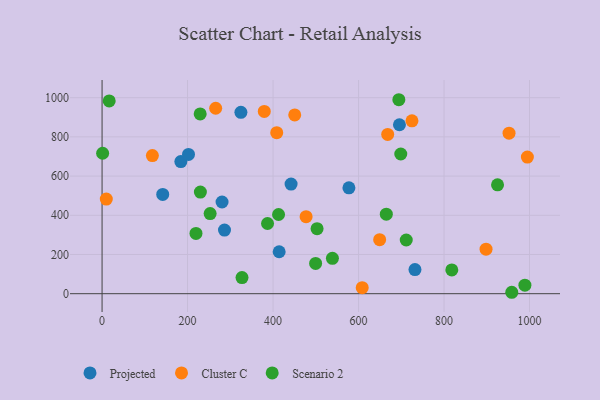
{"axis": {"x": "Ad Spend", "y": "Fuel Efficiency"}, "legend": ["Cluster C", "Projected", "Scenario 2"], "data": [{"x": "324.8", "y": 925.1, "type": "Projected"}, {"x": "414.3", "y": 214.0, "type": "Projected"}, {"x": "442.2", "y": 559.3, "type": "Projected"}, {"x": "286.4", "y": 324.4, "type": "Projected"}, {"x": "141.9", "y": 506.5, "type": "Projected"}, {"x": "280.7", "y": 467.7, "type": "Projected"}, {"x": "184.3", "y": 674.0, "type": "Projected"}, {"x": "577.5", "y": 540.0, "type": "Projected"}, {"x": "202.2", "y": 710.5, "type": "Projected"}, {"x": "732.0", "y": 122.8, "type": "Projected"}, {"x": "695.7", "y": 861.9, "type": "Projected"}, {"x": "9.9", "y": 482.5, "type": "Cluster C"}, {"x": "117.7", "y": 704.4, "type": "Cluster C"}, {"x": "477.3", "y": 393.0, "type": "Cluster C"}, {"x": "265.8", "y": 946.2, "type": "Cluster C"}, {"x": "898.3", "y": 227.3, "type": "Cluster C"}, {"x": "668.2", "y": 812.8, "type": "Cluster C"}, {"x": "450.7", "y": 912.2, "type": "Cluster C"}, {"x": "649.4", "y": 275.6, "type": "Cluster C"}, {"x": "608.6", "y": 30.6, "type": "Cluster C"}, {"x": "408.6", "y": 821.3, "type": "Cluster C"}, {"x": "379.5", "y": 929.9, "type": "Cluster C"}, {"x": "995.0", "y": 696.8, "type": "Cluster C"}, {"x": "725.0", "y": 882.1, "type": "Cluster C"}, {"x": "952.1", "y": 818.9, "type": "Cluster C"}, {"x": "387.1", "y": 358.0, "type": "Scenario 2"}, {"x": "327.4", "y": 82.3, "type": "Scenario 2"}, {"x": "412.9", "y": 404.0, "type": "Scenario 2"}, {"x": "989.2", "y": 43.5, "type": "Scenario 2"}, {"x": "252.8", "y": 408.7, "type": "Scenario 2"}, {"x": "925.2", "y": 555.4, "type": "Scenario 2"}, {"x": "230.0", "y": 518.4, "type": "Scenario 2"}, {"x": "665.0", "y": 405.7, "type": "Scenario 2"}, {"x": "698.8", "y": 712.7, "type": "Scenario 2"}, {"x": "538.9", "y": 180.2, "type": "Scenario 2"}, {"x": "711.6", "y": 274.0, "type": "Scenario 2"}, {"x": "499.6", "y": 154.3, "type": "Scenario 2"}, {"x": "16.7", "y": 983.6, "type": "Scenario 2"}, {"x": "219.7", "y": 307.3, "type": "Scenario 2"}, {"x": "818.2", "y": 121.0, "type": "Scenario 2"}, {"x": "229.5", "y": 917.0, "type": "Scenario 2"}, {"x": "503.0", "y": 331.7, "type": "Scenario 2"}, {"x": "1.3", "y": 716.4, "type": "Scenario 2"}, {"x": "694.3", "y": 989.6, "type": "Scenario 2"}, {"x": "958.5", "y": 7.2, "type": "Scenario 2"}]}